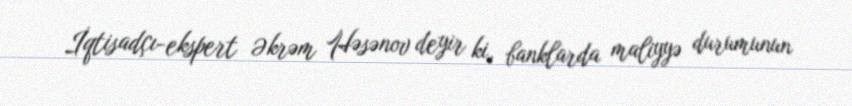
İqtisadçı-ekspert Əkrəm Həsənov deyir ki, banklarda maliyyə durumunun